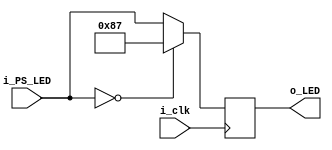
`timescale 1ns / 1ps
//////////////////////////////////////////////////////////////////////////////////
// Company: 
// Engineer: 
// 
// Design Name: 
// Module Name: LED_Temp
// Project Name: 
// Target Devices: 
// Tool Versions: 
// Description: 
// 
// Dependencies: 
// 
// Revision:
// Revision 0.01 - File Created
// Additional Comments:
// 
//////////////////////////////////////////////////////////////////////////////////


module LED_Temp(
    input wire i_clk,
    input wire [7:0] i_PS_LED,
//    input wire [7:0] i_PS_LED_mask,
//    output reg [7:0] o_PS_LED,
    output reg [7:0] o_LED
    );
    
    reg [7:0] r_LED;
    
    initial
    begin
        r_LED = 0;
    end
    
    always @(posedge i_clk)
    begin
        r_LED = i_PS_LED;
        if (r_LED == 'h00)
        begin
            r_LED = 'h87;
        end
    end
    
    always @(*)
    begin
        o_LED = r_LED;
//        o_PS_LED = r_LED;
    end
endmodule